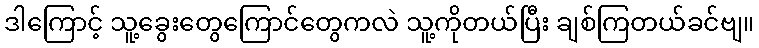
ဒါကြောင့် သူ့ခွေးတွေကြောင်တွေကလဲ သူ့ကိုတယ်ပြီး ချစ်ကြတယ်ခင်ဗျ။